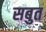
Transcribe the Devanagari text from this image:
सबुत